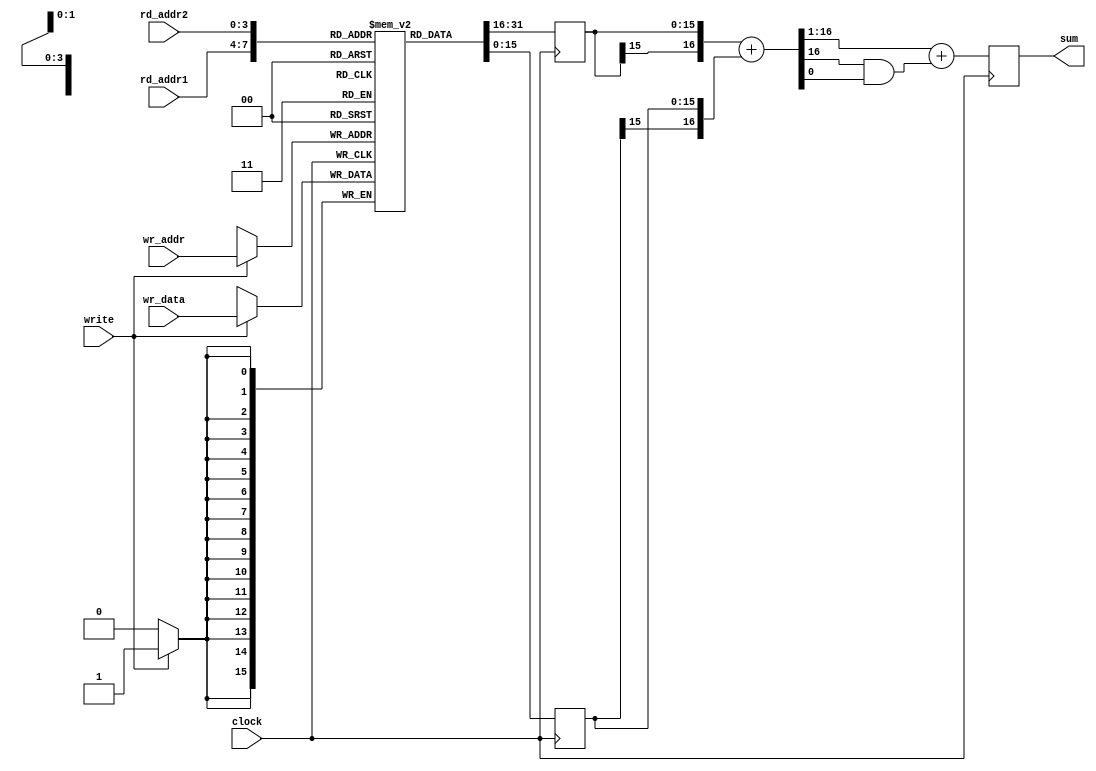


module ram16_2sum (input clock, input write, 
		   input [3:0] wr_addr, input [15:0] wr_data,
		   input [3:0] rd_addr1, input [3:0] rd_addr2,
                   output reg [15:0] sum);
   
   reg signed [15:0] 	  ram_array [0:15];
   reg signed [15:0] 	  a,b;
   wire signed [16:0] 	  sum_int;
   
   always @(posedge clock)
     if(write)
       ram_array[wr_addr] <= #1 wr_data;
      
   always @(posedge clock)
     begin
	a <= #1 ram_array[rd_addr1];
	b <= #1 ram_array[rd_addr2];
     end
   
   assign sum_int = {a[15],a} + {b[15],b};
   
   always @(posedge clock)
     sum <= #1 sum_int[16:1] + (sum_int[16]&sum_int[0]);
     
endmodule // ram16_2sum